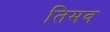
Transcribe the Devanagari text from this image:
तिमव